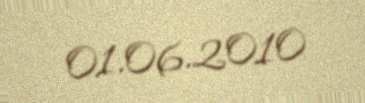
01.06.2010